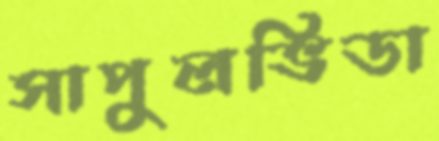
সাপুলভিডা